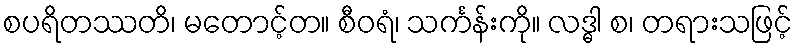
စပရိတဿတိ၊ မတောင့်တ။ စီဝရံ၊ သင်္ကန်းကို။ လဒ္ဓါ စ၊ တရားသဖြင့်